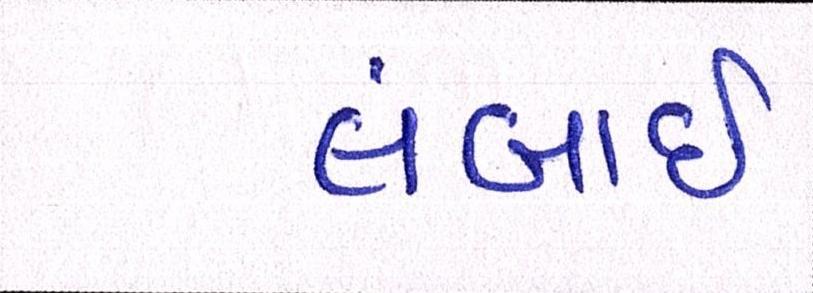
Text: લંબાઈ